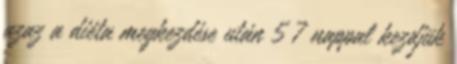
azaz a diéta megkezdése után 5 7 nappal kezdjük